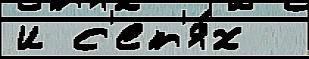
и с'ет'я́х